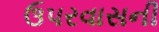
ઉપરવાસની